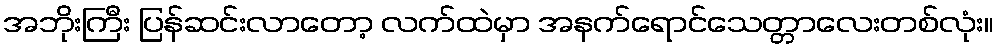
အဘိုးကြီး ပြန်ဆင်းလာတော့ လက်ထဲမှာ အနက်ရောင်သေတ္တာလေးတစ်လုံး။